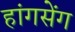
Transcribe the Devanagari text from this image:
हांगसेंग